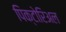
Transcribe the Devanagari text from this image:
पिक्टोरिअल